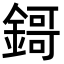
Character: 鎶